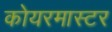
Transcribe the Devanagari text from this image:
कोयरमास्टर